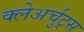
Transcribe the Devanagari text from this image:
क्लेअर्चुट्स